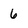
Character: 6